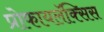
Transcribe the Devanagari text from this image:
प्रोफायलॅक्सिस